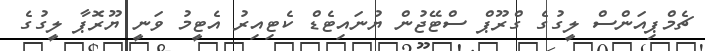
ޗެމްޕިއަންސް ލީގުގެ ގްރޫޕް ސްޓޭޖުން ޔުނައިޓެޑް ކެޓިއިރު އެޓީމު ވަނީ ޔޫރޮޕާ ލީގުގެ